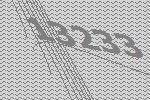
13233